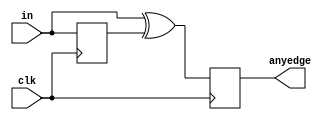
module top_module(
  input clk,
  input [7:0] in,
  output [7:0] anyedge
);

reg [7:0] inPast; 

always @(posedge clk) begin
  anyedge <= in ^ inPast; 
  inPast <= in;
end

endmodule